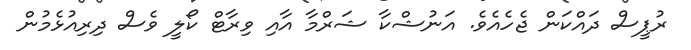
ރުޕީސް ދައްކަން ޖެހެއެވެ. އަނުޝްކާ ޝަރްމާ އާއި ވިރާޓް ކޯލީ ވެސް ދިރިއުޅެމުން